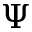
\Psi